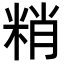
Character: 𥹶